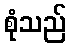
စုံသည်